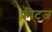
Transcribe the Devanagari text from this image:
फ्रीटज